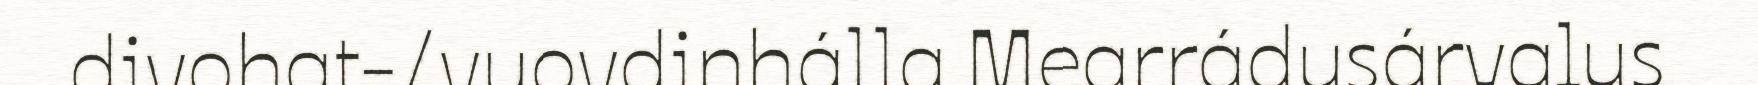
divohat-/vuovdinhálla Mearrádusárvalus